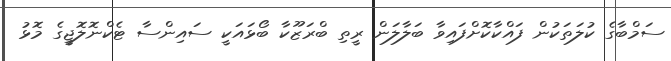
ސަމްބާގެ ކުލަތަކުން ފައްކާކޮށްފައިވާ ބަލާލަން ރީތި ބްރަޒޫކާ ބޯޅައަކީ ސައިންސާ ޓެކްނޮލޮޖީގެ މޮޅު